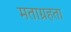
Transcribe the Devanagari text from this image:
मताग्रहता